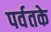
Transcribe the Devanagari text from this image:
पर्वतके